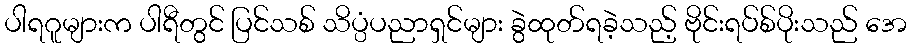
ပါရဂူများက ပါရီတွင် ပြင်သစ် သိပ္ပံပညာရှင်များ ခွဲထုတ်ရခဲ့သည့် ဗိုင်းရပ်စ်ပိုးသည် အေ